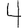
Digit: 4